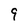
Character: 9